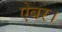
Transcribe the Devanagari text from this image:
ऐबर।